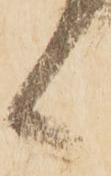
候